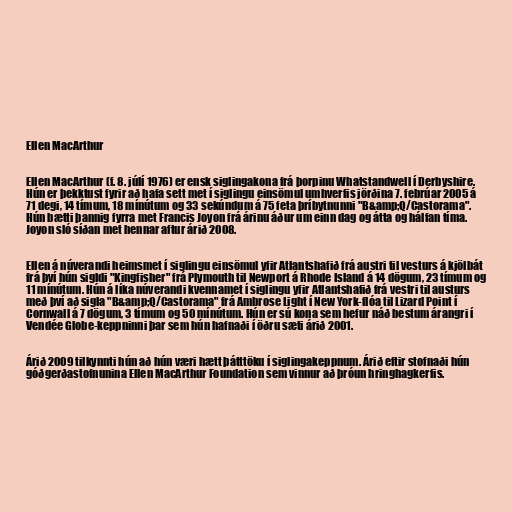
Ellen MacArthur

Ellen MacArthur (f. 8. júlí 1976) er ensk siglingakona frá þorpinu Whatstandwell í Derbyshire.
Hún er þekktust fyrir að hafa sett met í siglingu einsömul umhverfis jörðina 7. febrúar 2005 á
71 degi, 14 tímum, 18 mínútum og 33 sekúndum á 75 feta þríbytnunni "B&amp;Q/Castorama".
Hún bætti þannig fyrra met Francis Joyon frá árinu áður um einn dag og átta og hálfan tíma.
Joyon sló síðan met hennar aftur árið 2008.

Ellen á núverandi heimsmet í siglingu einsömul yfir Atlantshafið frá austri til vesturs á kjölbát
frá því hún sigldi "Kingfisher" frá Plymouth til Newport á Rhode Island á 14 dögum, 23 tímum og
11 mínútum. Hún á líka núverandi kvennamet í siglingu yfir Atlantshafið frá vestri til austurs
með því að sigla "B&amp;Q/Castorama" frá Ambrose Light í New York-flóa til Lizard Point í
Cornwall á 7 dögum, 3 tímum og 50 mínútum. Hún er sú kona sem hefur náð bestum árangri í
Vendée Globe-keppninni þar sem hún hafnaði í öðru sæti árið 2001.

Árið 2009 tilkynnti hún að hún væri hætt þátttöku í siglingakeppnum. Árið eftir stofnaði hún
góðgerðastofnunina Ellen MacArthur Foundation sem vinnur að þróun hringhagkerfis.